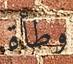
وطأة